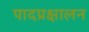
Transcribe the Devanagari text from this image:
पादप्रक्षालन